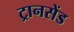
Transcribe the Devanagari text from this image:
ट्रानसेंड